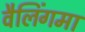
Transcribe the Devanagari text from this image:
वैलिंगमा